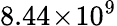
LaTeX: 8.44\! \times\! 10^{9}